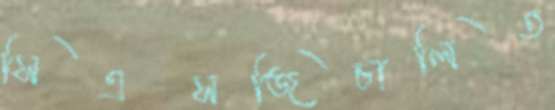
সিএসজিচালিত